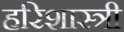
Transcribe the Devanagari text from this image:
हरिशास्त्री